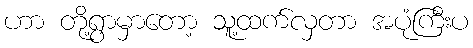
ဟာ တို့ရွာမှာတော့ သူ့ထက်လှတာ အပုံကြီးပ